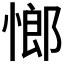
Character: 𮲈